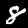
Label: 8